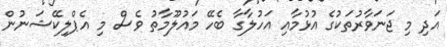
އަދި މި ޖަނަވާރުތަކުގެ އުޅުމާއި އަހުލާގާ ބެހޭ މައުލޫމާތު ވެސް މި އެޕްލިކޭޝަނުން